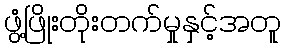
ဖွံ့ဖြိုးတိုးတက်မှုနှင့်အတူ